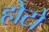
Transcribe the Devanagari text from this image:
होटो